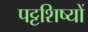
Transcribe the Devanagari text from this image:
पट्टशिष्यों